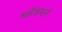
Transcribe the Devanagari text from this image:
ब्लॅकपर्ल